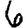
Digit: 6